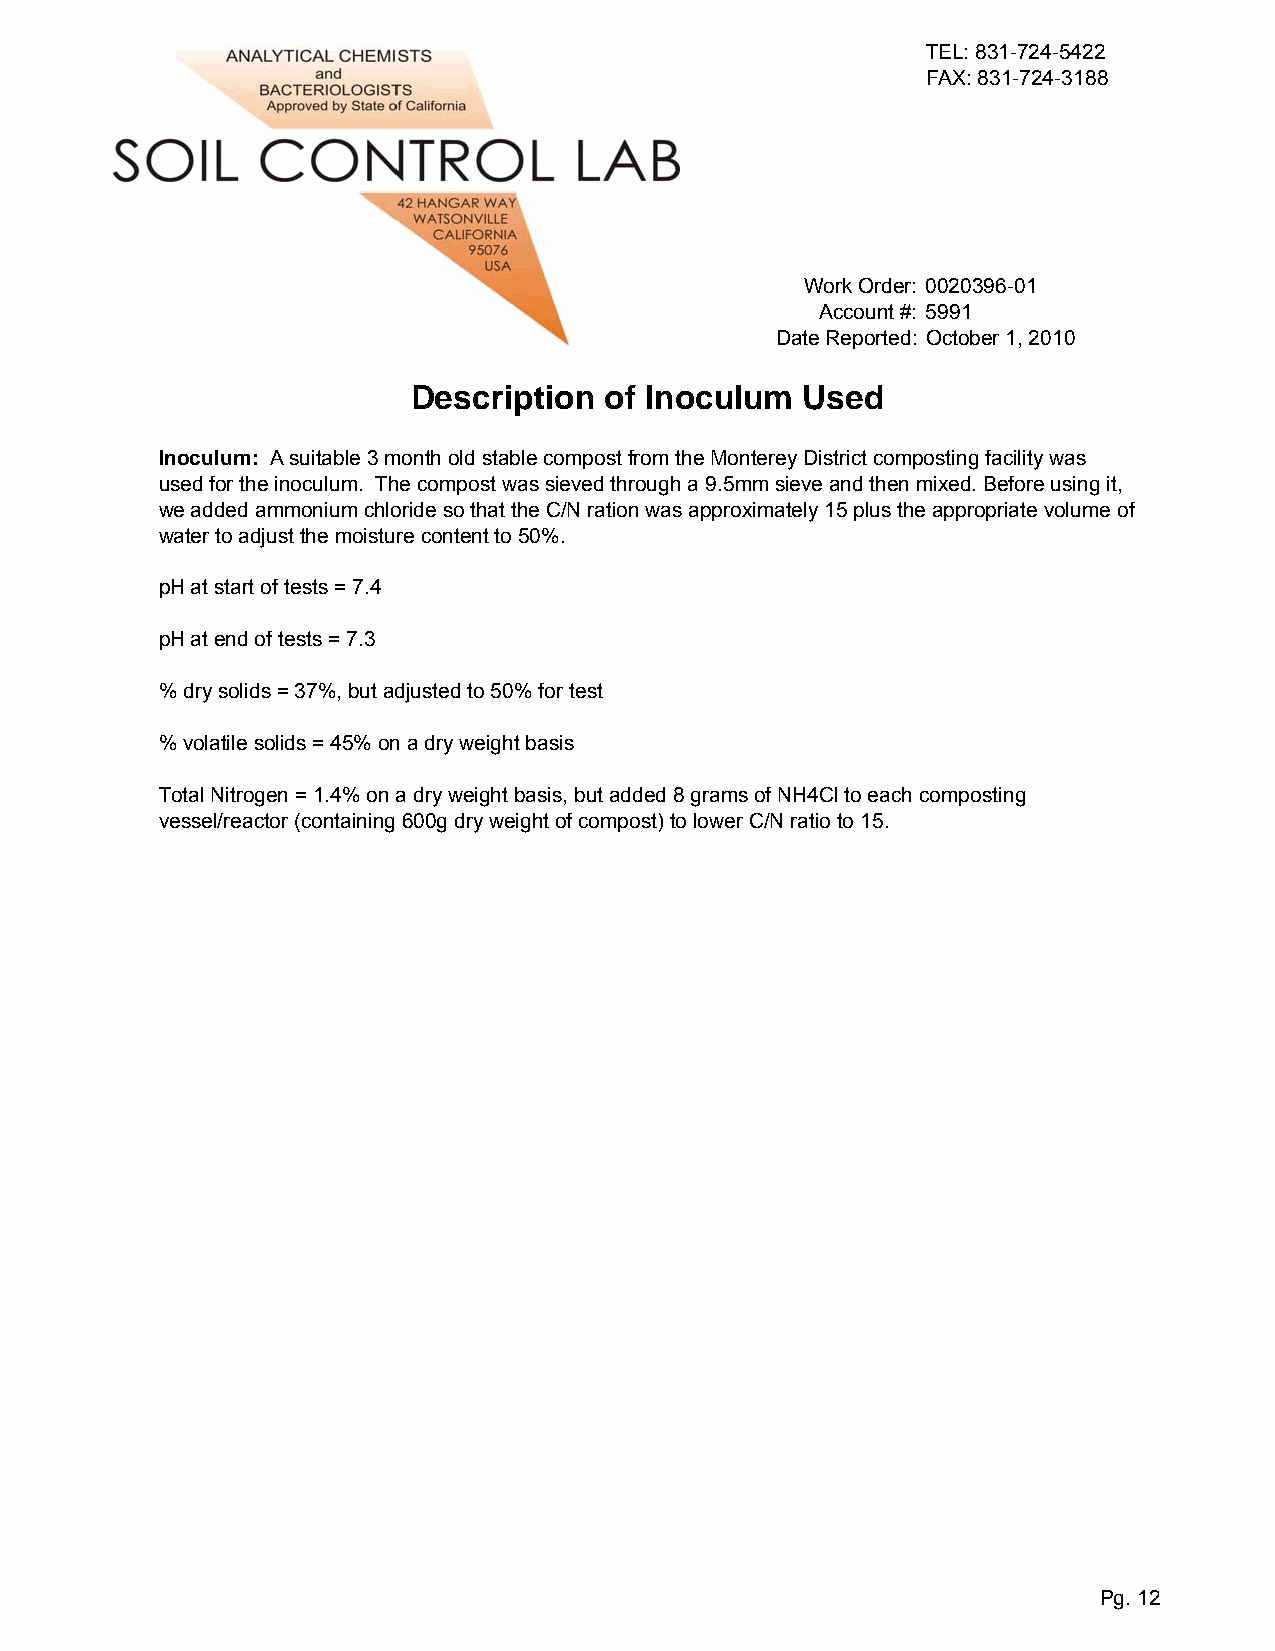
TEL: 831-724-5422
 FAX: 831-724-3188
 Work Order: 0020396-01
 Account #: 5991
 Date Reported: October 1, 2010
 Description  of Inoculum  Used
 Inoculum: A suitable 3 month old stable compost from the Monterey District composting facility was
 used for the inoculum. The compost was sieved through a 9.5mm sieve and then mixed. Before using it,
 we added ammonium chloride so that the C/N ration was approximately 15 plus the appropriate volume of
 water to adjust the moisture content to 50%.
 pH at start of tests = 7.4
 pH at end of tests = 7.3
 % dry solids = 37%, but adjusted to 50% for test
 % volatile solids = 45% on a dry weight basis
 Total Nitrogen = 1.4% on a dry weight basis, but added 8 grams of NH4Cl to each composting
 vessel/reactor (containing 600g dry weight of compost) to lower C/N ratio to 15.
 Pg. 12